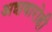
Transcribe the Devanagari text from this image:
अशवारोही